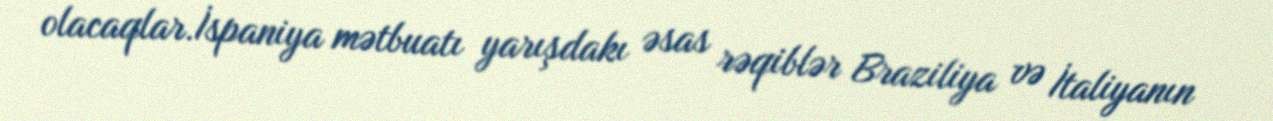
olacaqlar.İspaniya mətbuatı yarışdakı əsas rəqiblər Braziliya və İtaliyanın